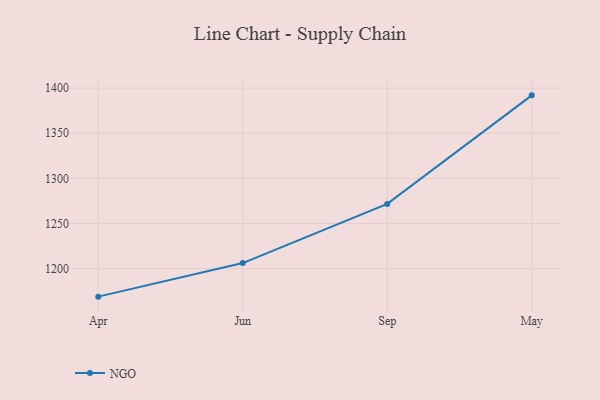
{"axis": {"x": "Month", "y": "Temperature (°C)"}, "legend": ["NGO"], "data": [{"x": "Apr", "y": 1168.9, "type": "NGO"}, {"x": "Jun", "y": 1206.1, "type": "NGO"}, {"x": "Sep", "y": 1271.7, "type": "NGO"}, {"x": "May", "y": 1392.0, "type": "NGO"}]}